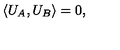
\langle U _ { A } , U _ { B } \rangle = 0 ,